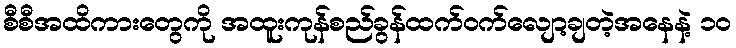
စီစီအထိကားတွေကို အထူးကုန်စည်ခွန်ထက်ဝက်လျော့ချတဲ့အနေနဲ့ ၁၀